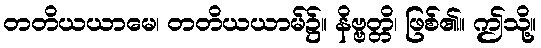
တတိယယာမေ၊ တတိယယာမ်၌။ နိဗ္ဗတ္တိ၊ ဖြစ်၏။ ဤသို့။